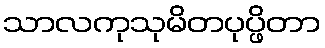
သာလကုသုမိတပုပ္ဖိတာ